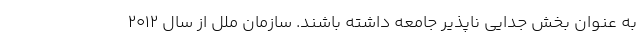
به عنوان بخش جدایی ناپذیرِ جامعه داشته باشند. سازمان ملل از سال ۲۰۱۲